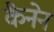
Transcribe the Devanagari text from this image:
कैनेन